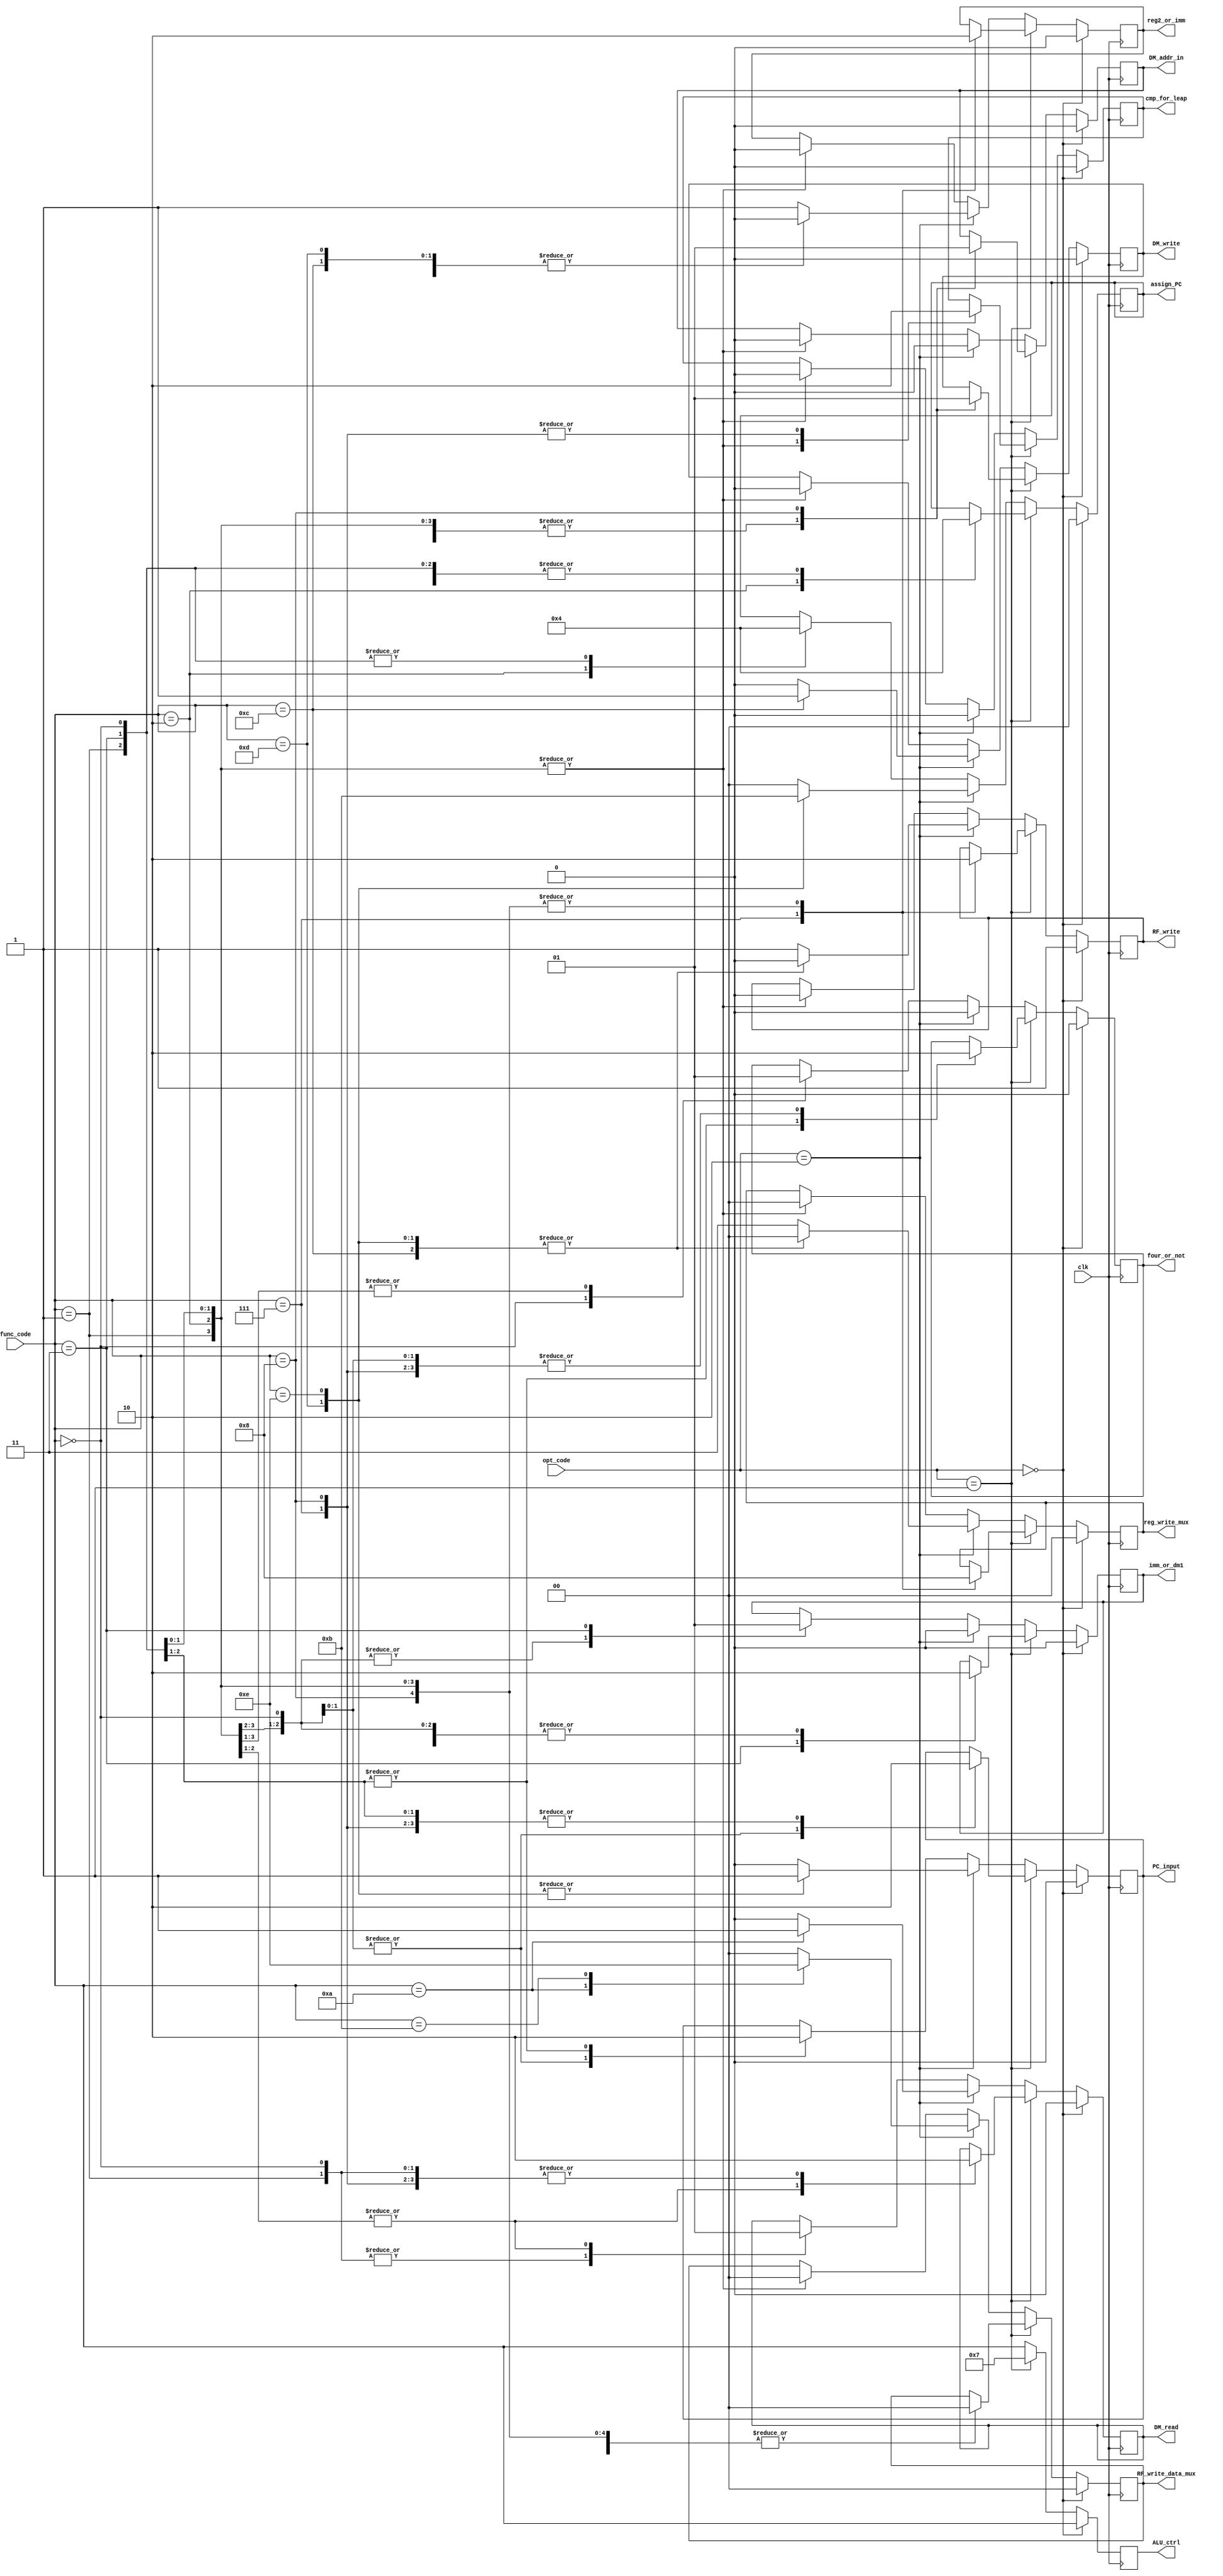
module MCU
(input [1:0] opt_code,
 input [3:0] func_code,
 input clk,
 output PC_input, 
 output imm_or_dm1,
 output [1:0] assign_PC,
 output four_or_not,
 output reg2_or_imm,
 output [1:0] RF_write_data_mux,
 output cmp_for_leap,
 output RF_write,
 output DM_write,
 output DM_read,
 output DM_addr_in,
 output [1:0] reg_write_mux,
 output [3:0] ALU_ctrl);
    reg PC_input;
    reg imm_or_dm1;
    reg assign_PC;
    reg four_or_not;
    reg reg2_or_imm;
    reg [1:0] RF_write_data_mux;
    reg cmp_for_leap;
    reg RF_write;
    reg DM_write;
    reg DM_read;
    reg [1:0] reg_write_mux;
    reg [3:0] ALU_ctrl;
    reg DM_addr_in;
    always @(posedge clk) begin
        if(opt_code==2'b00) begin
            PC_input=1'b0;
            imm_or_dm1=1'b0;
            assign_PC=2'b00;
            four_or_not=1'b0;
            reg2_or_imm=1'b0;
            RF_write_data_mux=2'b00;
            cmp_for_leap=1'b0;
            RF_write=1'b1;
            DM_write=1'b0;
            DM_read=1'b0;
            reg_write_mux=2'b00;
            ALU_ctrl=func_code;
            DM_addr_in=1'b0;
        end 
        else if(opt_code==2'b01) begin
            ALU_ctrl=4'b0111;
            case(func_code)
                4'b0000:begin
                    PC_input=1'b1;
                    imm_or_dm1=1'b0;
                    assign_PC=2'b00;
                    four_or_not=1'b0;
                    reg2_or_imm=1'b0;
                    RF_write_data_mux=2'b00;
                    cmp_for_leap=1'b1;
                    RF_write=1'b0;
                    DM_write=1'b0;
                    DM_read=1'b0;
                    reg_write_mux=2'b00;
                    DM_addr_in=1'b0;
                end
                4'b0001:begin
                    PC_input=1'b0;
                    imm_or_dm1=1'b0;
                    assign_PC=2'b00;
                    four_or_not=1'b1;
                    reg2_or_imm=1'b0;
                    RF_write_data_mux=2'b00;
                    cmp_for_leap=1'b1;
                    RF_write=1'b0;
                    DM_write=1'b0;
                    DM_read=1'b0;
                    reg_write_mux=2'b00;
                    DM_addr_in=1'b0;
                end
                4'b0010:begin
                    PC_input=1'b1;
                    imm_or_dm1=1'b0;
                    assign_PC=2'b01;
                    four_or_not=1'b0;
                    reg2_or_imm=1'b0;
                    RF_write_data_mux=2'b00;
                    cmp_for_leap=1'b1;
                    RF_write=1'b0;
                    DM_write=1'b0;
                    DM_read=1'b1;
                    reg_write_mux=2'b00;
                    DM_addr_in=1'b0;
                end
                4'b0011:begin
                    PC_input=1'b0;
                    imm_or_dm1=1'b1;
                    assign_PC=2'b00;
                    four_or_not=1'b1;
                    reg2_or_imm=1'b0;
                    RF_write_data_mux=2'b00;
                    cmp_for_leap=1'b1;
                    RF_write=1'b0;
                    DM_write=1'b0;
                    DM_read=1'b1;
                    reg_write_mux=2'b00;
                    DM_addr_in=1'b0;
                end
                4'b0111:begin
                    PC_input=1'b0;
                    imm_or_dm1=1'b0;
                    assign_PC=2'b00;
                    four_or_not=1'b0;
                    reg2_or_imm=1'b1;
                    RF_write_data_mux=2'b00;
                    cmp_for_leap=1'b0;
                    RF_write=1'b1;
                    DM_write=1'b0;
                    DM_read=1'b0;
                    reg_write_mux=2'b10;
                    DM_addr_in=1'b0;
                end
                4'b1000:begin
                    PC_input=1'b0;
                    imm_or_dm1=1'b0;
                    assign_PC=2'b00;
                    four_or_not=1'b0;
                    reg2_or_imm=1'b0;
                    RF_write_data_mux=2'b00;
                    cmp_for_leap=1'b0;
                    RF_write=1'b0;
                    DM_write=1'b1;
                    DM_read=1'b0;
                    reg_write_mux=2'b00;
                    DM_addr_in=1'b1;
                end
            endcase
        end else if(opt_code==2'b10) begin
            ALU_ctrl=func_code;
            case(func_code)
                4'b1010:begin
                    PC_input=1'b0;
                    imm_or_dm1=1'b0;
                    assign_PC=2'b00;
                    four_or_not=1'b0;
                    reg2_or_imm=1'b0;
                    RF_write_data_mux=2'b11;
                    cmp_for_leap=1'b0;
                    RF_write=1'b1;
                    DM_write=1'b0;
                    DM_read=1'b1;
                    reg_write_mux=2'b11;
                    DM_addr_in=1'b0;
                end
                4'b1011:begin
                    PC_input=1'b0;
                    imm_or_dm1=1'b0;
                    assign_PC=2'b00;
                    four_or_not=1'b0;
                    reg2_or_imm=1'b0;
                    RF_write_data_mux=2'b10;
                    cmp_for_leap=1'b0;
                    RF_write=1'b1;
                    DM_write=1'b0;
                    DM_read=1'b0; //???
                    reg_write_mux=2'b11;
                    DM_addr_in=1'b0;
                end
                4'b1100:begin
                    PC_input=1'b0;
                    imm_or_dm1=1'b0;
                    assign_PC=2'b00;
                    four_or_not=1'b0;
                    reg2_or_imm=1'b0;
                    RF_write_data_mux=2'b00;
                    cmp_for_leap=1'b0;
                    RF_write=1'b0;
                    DM_write=1'b1;
                    DM_read=1'b0;
                    reg_write_mux=2'b00;
                    DM_addr_in=1'b0;
                end
                4'b1101:begin
                    PC_input=1'b1;
                    imm_or_dm1=1'b0;
                    assign_PC=2'b10;
                    four_or_not=1'b0;
                    reg2_or_imm=1'b0;
                    RF_write_data_mux=2'b00;
                    cmp_for_leap=1'b0;
                    RF_write=1'b0;
                    DM_write=1'b0;
                    DM_read=1'b0;
                    reg_write_mux=2'b00;
                    DM_addr_in=1'b0;
                end
                4'b1110:begin
                    PC_input=1'b1;
                    imm_or_dm1=1'b0;
                    assign_PC=2'b11;
                    four_or_not=1'b0;
                    reg2_or_imm=1'b1;
                    RF_write_data_mux=2'b00;
                    cmp_for_leap=1'b0;
                    RF_write=1'b0;
                    DM_write=1'b0;
                    DM_read=1'b0;
                    reg_write_mux=2'b00;
                    DM_addr_in=1'b0;
                end
                default:begin
                    PC_input=1'b0;
                    imm_or_dm1=1'b0;
                    assign_PC=2'b00;
                    four_or_not=1'b0;
                    reg2_or_imm=1'b1;
                    RF_write_data_mux=2'b00;
                    cmp_for_leap=1'b0;
                    RF_write=1'b1;
                    DM_write=1'b0;
                    DM_read=1'b0;
                    reg_write_mux=2'b11;
                    DM_addr_in=1'b0;
                end
            endcase
        end else begin
            ALU_ctrl=func_code;
            case(func_code)
                4'b0000:begin
                    PC_input=1'b1;
                    imm_or_dm1=1'b0;
                    assign_PC=2'b00;
                    four_or_not=1'b0;
                    reg2_or_imm=1'b0;
                    RF_write_data_mux=2'b00;
                    cmp_for_leap=1'b0;
                    RF_write=1'b0;
                    DM_write=1'b0;
                    DM_read=1'b0;
                    reg_write_mux=2'b00;
                    DM_addr_in=1'b0;
                end
                4'b0001:begin
                    PC_input=1'b0;
                    imm_or_dm1=1'b0;
                    assign_PC=2'b00;
                    four_or_not=1'b1;
                    reg2_or_imm=1'b0;
                    RF_write_data_mux=2'b00;
                    cmp_for_leap=1'b0;
                    RF_write=1'b0;
                    DM_write=1'b0;
                    DM_read=1'b0;
                    reg_write_mux=2'b00;
                    DM_addr_in=1'b0;
                end
                4'b0010:begin
                    PC_input=1'b1;
                    imm_or_dm1=1'b0;
                    assign_PC=2'b01;
                    four_or_not=1'b1;
                    reg2_or_imm=1'b0;
                    RF_write_data_mux=2'b00;
                    cmp_for_leap=1'b0;
                    RF_write=1'b0;
                    DM_write=1'b0;
                    DM_read=1'b1;
                    reg_write_mux=2'b00;
                    DM_addr_in=1'b0;
                end
                4'b0011:begin
                    PC_input=1'b0;
                    imm_or_dm1=1'b1;
                    assign_PC=2'b00;
                    four_or_not=1'b1;
                    reg2_or_imm=1'b0;
                    RF_write_data_mux=2'b00;
                    cmp_for_leap=1'b0;
                    RF_write=1'b0;
                    DM_write=1'b0;
                    DM_read=1'b1;
                    reg_write_mux=2'b00;
                    DM_addr_in=1'b0;
                end
            endcase
        end
    end
endmodule